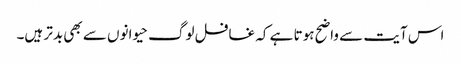
اس آیت سے واضح ہوتا ہے کہ غافل لوگ حیوانوں سے بھی بدتر ہیں۔